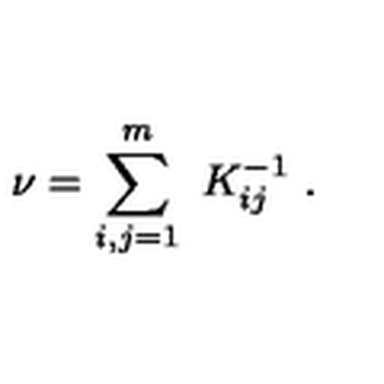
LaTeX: \nu = \sum _ { i , j = 1 } ^ { m } \ K _ { i j } ^ { - 1 } \ .